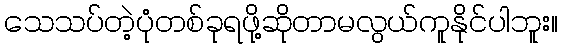
သေသပ်တဲ့ပုံတစ်ခုရဖို့ဆိုတာမလွယ်ကူနိုင်ပါဘူး။